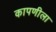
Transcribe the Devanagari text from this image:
कापणीला